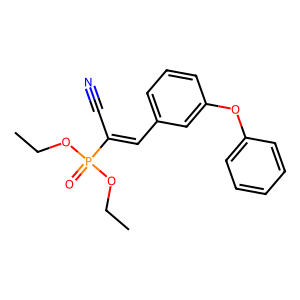
SMILES: CCOP(=O)(OCC)C(C#N)=Cc1cccc(Oc2ccccc2)c1
Inhibits HIV replication: No